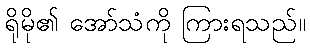
ရိုမို၏ အော်သံကို ကြားရသည်။